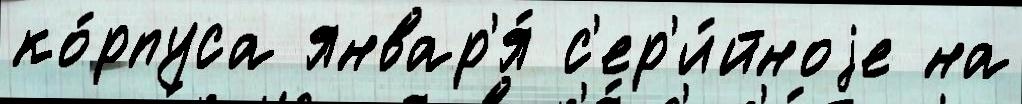
ко́рпуса январ'я́ с'ер'и́йноjе на